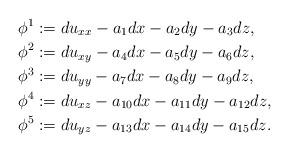
LaTeX: \begin{align*}\phi^1&:=du_{xx}-a_{1} dx-a_{2}dy-a_{3}dz,\\\phi^2&:=du_{xy}-a_{4}dx-a_{5}dy-a_{6}dz,\\\phi^3&:=du_{yy}-a_{7}dx-a_{8}dy-a_{9}dz,\\\phi^4&:=du_{xz}-a_{10}dx-a_{11}dy-a_{12}dz,\\\phi^5&:=du_{yz}-a_{13}dx-a_{14}dy-a_{15}dz.\end{align*}